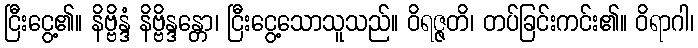
ငြီးငွေ့၏။ နိဗ္ဗိန္ဒံ နိဗ္ဗိန္ဒန္တော၊ ငြီးငွေ့သောသူသည်။ ဝိရဇ္ဇတိ၊ တပ်ခြင်းကင်း၏။ ဝိရာဂါ၊